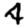
Digit: 4